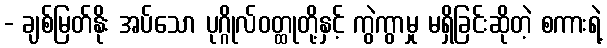
- ချစ်မြတ်နိုး အပ်သော ပုဂ္ဂိုလ်ဝတ္ထုတို့နှင့် ကွဲကွာမှု မရှိခြင်းဆိုတဲ့ စကားရဲ့